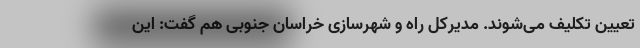
تعیین تکلیف می‌شوند. مدیرکل راه و شهرسازی خراسان جنوبی هم گفت: این